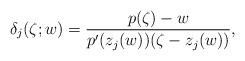
LaTeX: \begin{align*}\delta_j(\zeta;w)= \frac{p(\zeta)-w}{p'(z_j(w))(\zeta-z_j(w))},\end{align*}